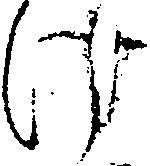
け